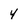
Character: 4